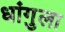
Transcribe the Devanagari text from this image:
धांगुला